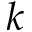
k